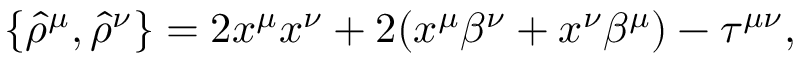
\{ { \hat { \rho } } ^ { \mu } , { \hat { \rho } } ^ { \nu } \} = 2 x ^ { \mu } x ^ { \nu } + 2 ( x ^ { \mu } \beta ^ { \nu } + x ^ { \nu } \beta ^ { \mu } ) - \tau ^ { \mu \nu } ,